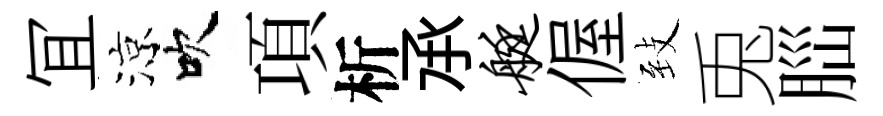
冝涼吹項析𠄘艇偓𦤺兎𦛁